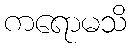
ကရောမသိ